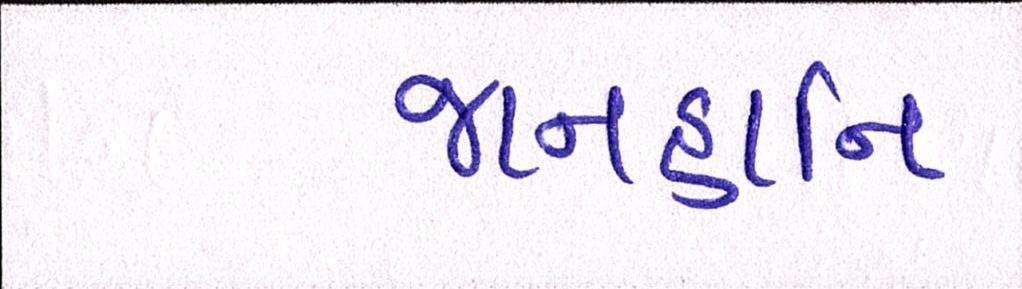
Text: જાનહાનિ